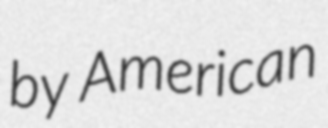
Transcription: by American